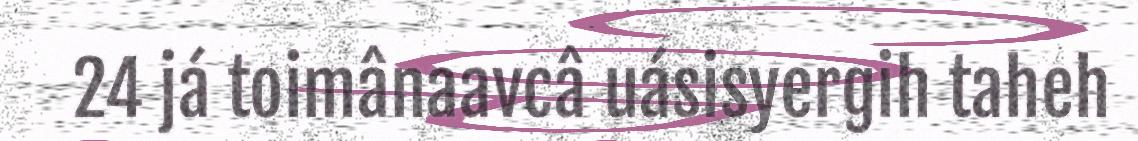
24 já toimânaavcâ uásisyergih taheh